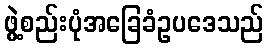
ဖွဲ့စည်းပုံအခြေခံဥပဒေသည်